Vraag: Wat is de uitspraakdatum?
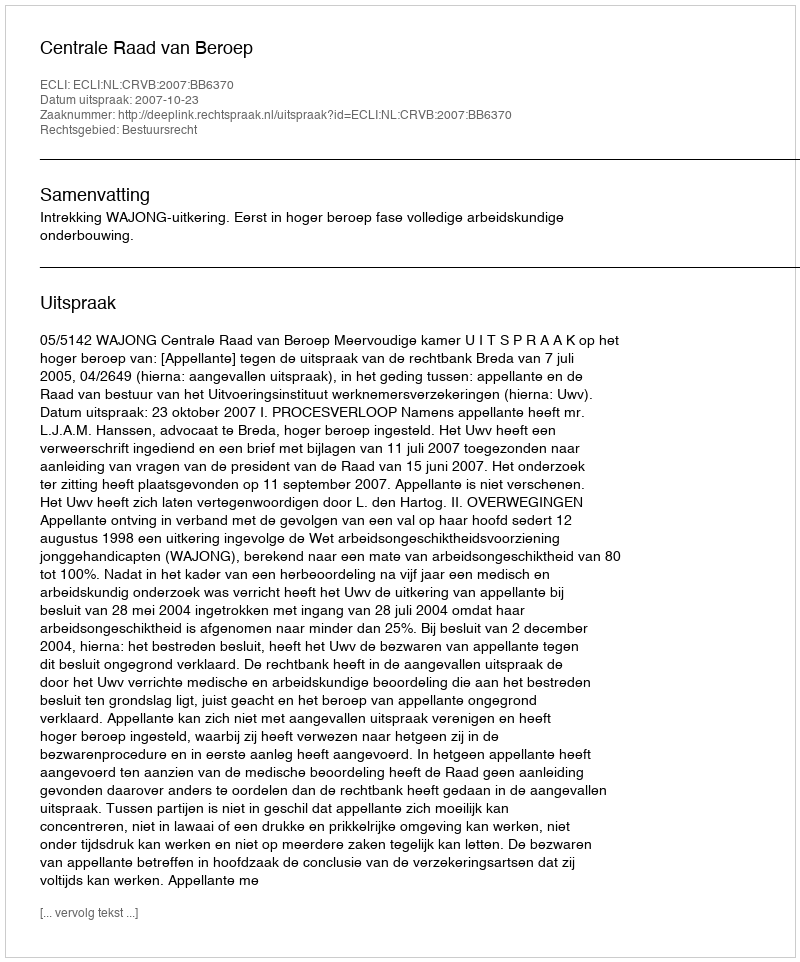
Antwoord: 2007-10-23